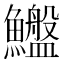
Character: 𱇆